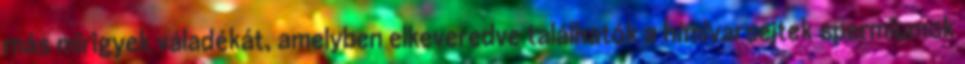
más mirigyek váladékát, amelyben elkeveredve találhatók a hímivarsejtek spermiumok